Report on the treatment of epidemic cholera: from information collected by the governments of Bengal, Madras, Bombay, N.W. Provinces, Punjab, Oudh, and Central India, by order of the Government of India
Disease focus: Cholera
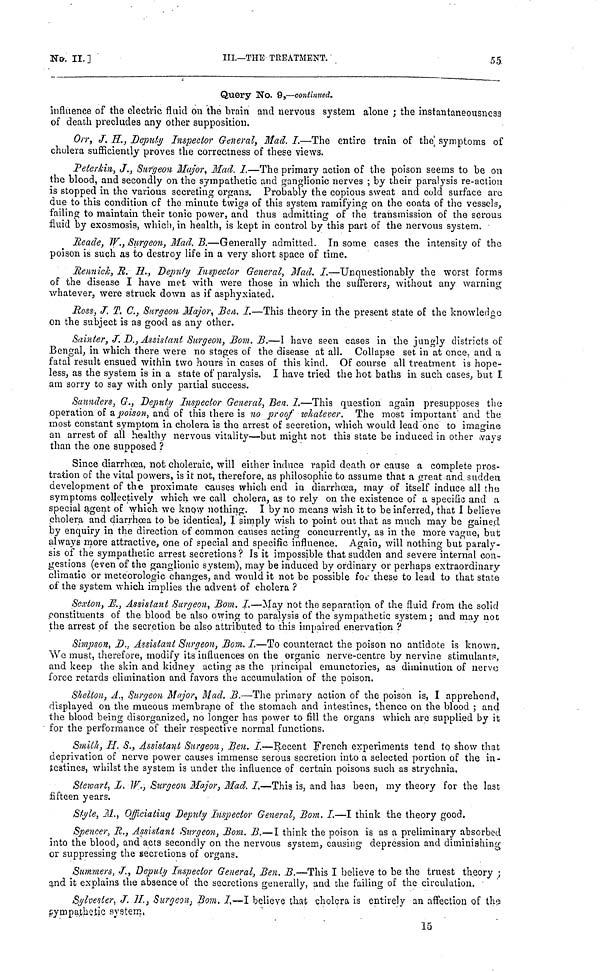
No.
II.]
III.—THE
TREATMENT.
55
Query No. 9,—continued
influence of the electric fluid ou the brain and nervous system alone ; the instantaneousness
of death precludes any other supposition.
Orr, J. H., Deputy Inspector General, Mad. I.—The entire train of the symptoms of
cholera sufficiently proves the correctness of these views.
Peterkin, J., Surgeon Major, Mad. I.—The primary action of the poison seems to be on
the blood, and secondly on the sympathetic and ganglionic nerves ; by their paralysis re-action
is stopped in the various secreting organs. Probably the copious sweat and cold surface are
due to this condition of the minute twigs of this system ramifying on the coats of the vessels,
failing to maintain their tonic power, and thus admitting of the transmission of the serous
fluid by exosmosis, which, in health, is kept in control by this part of the nervous system.
Reade, W., Surgeon, Mad. B.—Generally admitted. In some cases the intensity of the
poison is such as to destroy life in a very short space of time.
Rennick, H. H., Deputy Inspector General, Mad. I.—Unquestionably the worst forms
of the disease I have met with were those in which the sufferers, without any warning
whatever, were struck down as if asphyxiated.
Ross, J. T. C., Surgeon Major, Ben. I.—This theory in the present state of the knowledge
on the subject is as good as any other.
Sainter, J. D., Assistant Surgeon, Bom. B.—I have seen cases in the jungly districts of
Bengal, in which there were no stages of the disease at all. Collapse set in at once, and a
fatal result ensued within two hours in cases of this kind. Of course all treatment is hope-
less, as the system is in a state of paralysis. I have tried the hot baths in such cases, but I
am sorry to say with only partial success.
Saunders, G., Deputy Inspector General, Ben. I.—This question again presupposes the
operation of a poison, and of this there is no proof whatever. The most important and the
most constant symptom in cholera is the arrest of secretion, which would lead one to imagine
an arrest of all healthy nervous vitality—but might not this state be induced in other ways
than the one supposed ?
Since diarrhoea, not choleraic, will either induce rapid death or cause a complete pros-
tration of the vital powers, is it not, therefore, as philosophic to assume that a great and sudden
development of the proximate causes which end in diarrhoea, may of itself induce all the
symptoms collectively which we call cholera, as to rely on the existence of a specific and a
special agent of which we know nothing. I by no means wish it to be inferred, that I believe
cholera and diarrhœa to be identica), I simply wish to point out that as much may be gained
by enquiry in the direction of common causes acting concurrently, as in the more vague, but
always more attractive, one of special and specific influence. Again, will nothing but paraly-
sis of the sympathetic arrest secretions ? Is it impossible that sudden and severe internal con-
gestions (even of the ganglionic system), may be induced by ordinary or perhaps extraordinary
climatic or météorologie changes, and would it not be possible for these to lead to that state
of the system which implies the advent of cholera ?
Sexton, E., Assistant Surgeon, Bom. I.—May not the separation of the fluid from the solid
constituents of the blood be also owing to paralysis of the sympathetic system; and may not
the arrest of the secretion be also attributed to this impaired enervation ?
Simpson, D., Assistant Surgeon, Bom. I.—To counteract the poison no antidote is known.
We must, therefore, modify its influences on the organic nerve-centre by nervine stimulants,
and keep the skin and kidney acting as the principal emunctories, as diminution of ñervo
force retards elimination and favors the accumulation of the poison.
Shelton, A., Suryeon Major, Mad. B.—The primary action of the poison is, I apprehend,
displayed on the mucous membrane of the stomach and intestines, thence on the blood ; and
the blood being disorganized, no longer has power to fill the organs which are supplied by it
for the performance of their respective normal functions.
Smith, H. S., Assistant Surgeon, Ben. I.—Recent French experiments tend to show that
deprivation of nerve power causes immense serous secretion into a selected portion of the in-
testines, whilst the system is under the influence of certain poisons such as strychnia.
Stewart, L. W., Surgeon Major, Mad. I.—This is, and has been, my theory for the last
fifteen years.
Style, M., Officiating Deputy Inspector General, Bom. I.—I think the theory good,
Spencer, R., Assistant Surgeon, Bom. B.—I think the poison is as a preliminary absorbed
into the blood, and acts secondly on the nervous system, causing depression and diminishing
or suppressing the secretions of organs.
Summers, J., Deputy Inspector General, Ben. B.—This I believe to be the truest theory ;
and it explains the absence of the secretions generally, and the failing of the circulation. -
Sylvester, J. H., Surgeon, Bom, I,—I believe that cholera is entirely an affection of the
sympathetie system.
15